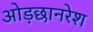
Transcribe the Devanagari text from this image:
ओड़छानरेश